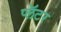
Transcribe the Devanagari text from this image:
प्लॅटर